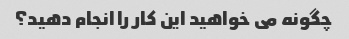
چگونه می خواهید این کار را انجام دهید؟